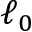
\ell _ { 0 }